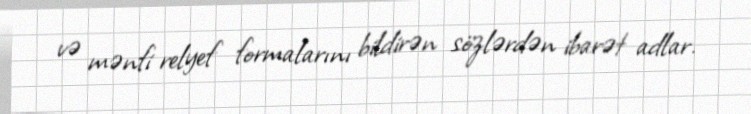
və mənfi relyef formalarını bildirən sözlərdən ibarət adlar.